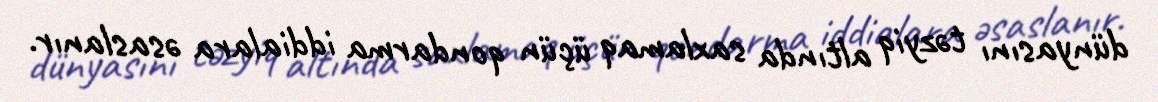
dünyasını təzyiq altında saxlamaq üçün qondarma iddialara əsaslanır.